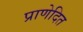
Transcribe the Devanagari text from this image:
प्राणेदित